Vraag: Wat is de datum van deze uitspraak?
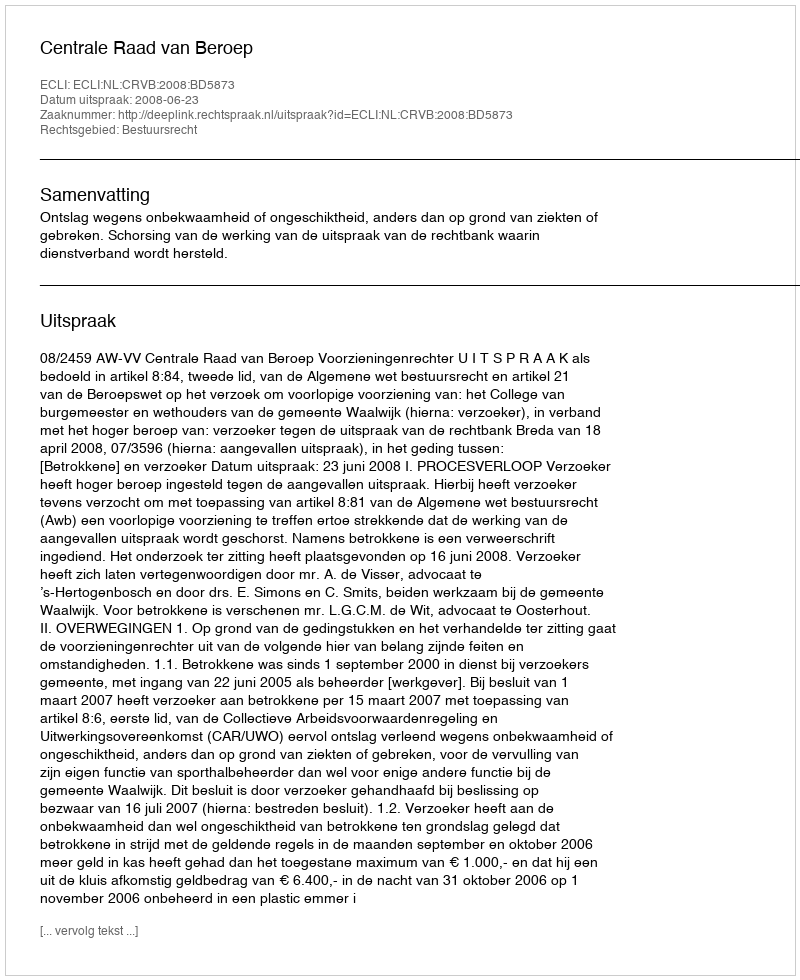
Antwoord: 2008-06-23